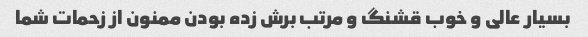
بسیار عالی و خوب قشنگ و مرتب برش زده بودن ممنون از زحمات شما